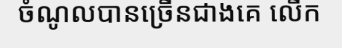
ចំណូលបានច្រើនជាងគេ លើក